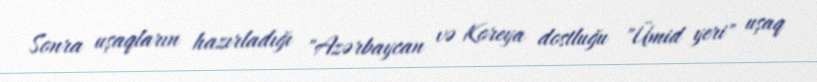
Sonra uşaqların hazırladığı "Azərbaycan və Koreya dostluğu "Ümid yeri" uşaq